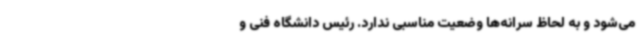
می‌شود و به لحاظ سرانه‌ها وضعیت مناسبی ندارد. رئیس دانشگاه فنی و